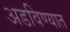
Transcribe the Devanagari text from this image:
अडविण्यात